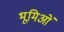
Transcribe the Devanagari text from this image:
भूमिओं